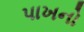
પાખનો